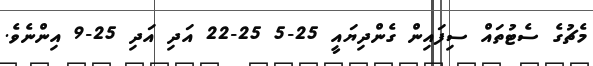
މެޗުގެ ސެޓުތައް ސިފައިން ގެންދިޔައީ 25-5 25-22 އަދި އަދި 25-9 އިންނެވެ.